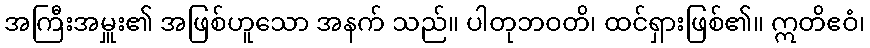
အကြီးအမှူး၏ အဖြစ်ဟူသော အနက် သည်။ ပါတုဘဝတိ၊ ထင်ရှားဖြစ်၏။ ဣတိဧဝံ၊